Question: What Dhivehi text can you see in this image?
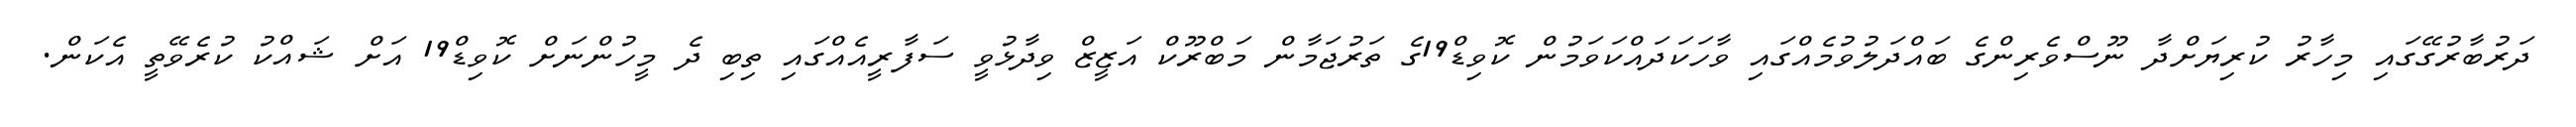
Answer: ދަރުބާރުގޭގައި މިހާރު ކުރިޔަށްދާ ނޫސްވެރިންގެ ބައްދަލުވުމެއްގައި ވާހަކަދައްކަވަމުން ކޮވިޑް19ގެ ތަރުޖަމާން މަބްރޫކް އަޒީޒް ވިދާޅުވީ ސަފާރީއެއްގައި ތިބި ދެ މީހުންނަށް ކޮވިޑް19 އަށް ޝައްކު ކުރެވޭތީ އެކަން.